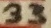
Text: 33